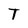
Character: T